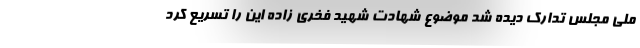
ملی مجلس تدارک دیده شد موضوع شهادت شهید فخری زاده این را تسریع کرد